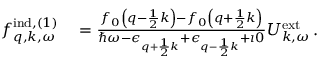
\begin{array} { r l } { f _ { \boldsymbol { q } , \boldsymbol { k } , \omega } ^ { \mathrm { i n d } , ( 1 ) } } & { { } = \frac { f _ { 0 } \left( \boldsymbol { q } - \frac { 1 } { 2 } \boldsymbol { k } \right) - f _ { 0 } \left( \boldsymbol { q } + \frac { 1 } { 2 } \boldsymbol { k } \right) } { \hbar \omega - \epsilon _ { \boldsymbol { q } + \frac { 1 } { 2 } \boldsymbol { k } } + \epsilon _ { \boldsymbol { q } - \frac { 1 } { 2 } \boldsymbol { k } } + \imath 0 } { U } _ { \boldsymbol { k } , \omega } ^ { \mathrm { e x t } } \, . } \end{array}